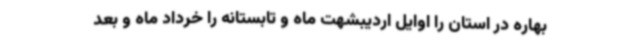
بهاره در استان را اوایل اردیبشهت ماه و تابستانه را خرداد ماه و بعد